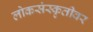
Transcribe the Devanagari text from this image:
लोकसंस्कृतीवर